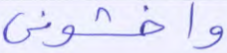
واخشوني